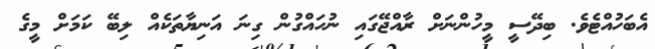
އެބަހުއްޓެވެ. ބިދޭސީ މީހުންނަށް ރާއްޖޭގައި ނުހައްގުން ގިނަ އަނިޔާތަކެއް ލިބޭ ކަމަށް މީގެ